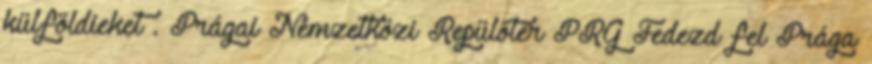
külföldieket . Prágai Nemzetközi Repülőtér PRG Fedezd fel Prága